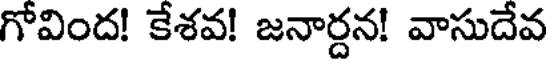
గోవింద! కేశవ! జనార్దన! వాసుదేవ